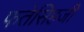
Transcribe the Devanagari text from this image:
फतेसिहजी